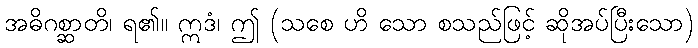
အဓိဂစ္ဆာတိ၊ ရ၏။ ဣဒံ၊ ဤ (သစေ ဟိ သော စသည်ဖြင့် ဆိုအပ်ပြီးသော)